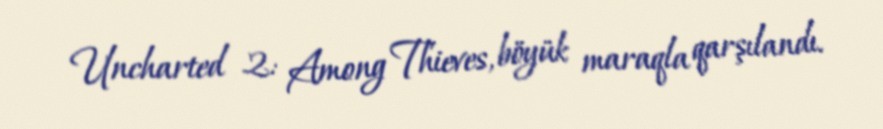
Uncharted 2: Among Thieves, böyük maraqla qarşılandı.